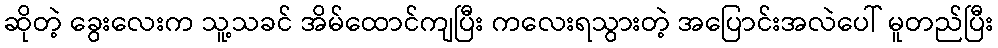
ဆိုတဲ့ ခွေးလေးက သူ့သခင် အိမ်ထောင်ကျပြီး ကလေးရသွားတဲ့ အပြောင်းအလဲပေါ် မူတည်ပြီး